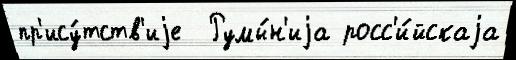
пр'ису́тств'иjе  Румы́н'иjа росс'и́йскаjа